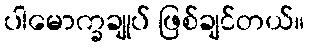
ပါမောက္ခချုပ် ဖြစ်ချင်တယ်။